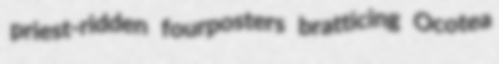
priest-ridden fourposters bratticing Ocotea